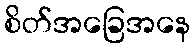
စိတ်အခြေအနေ